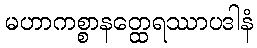
မဟာကစ္စာနတ္ထေရဿာပဒါနံ